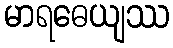
မာရဓေယျဿ